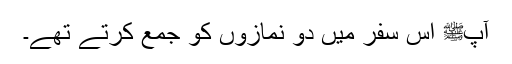
آپﷺ اس سفر میں دو نمازوں کو جمع کرتے تھے۔